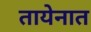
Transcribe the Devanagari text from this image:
तायेनात